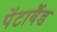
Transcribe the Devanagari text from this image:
पेंटाबैंड